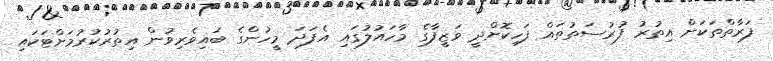
ފަރާތްތަކަށް އިތުރު ފުރުސަތުތައް ފަހިކޮށްދީ ވަޒީފާގެ މާހައުލުގައި އެފަދަ މީހުންގެ ބައިވެރިވުން އިތުރުކުރުމަށްޓަކައި